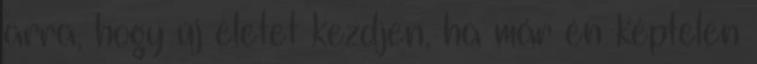
arra, hogy új életet kezdjen, ha már én képtelen